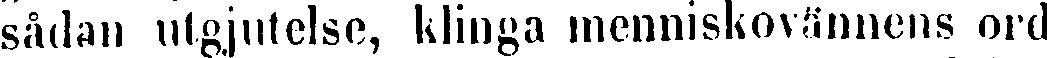
sådan utgjutelse, klinga menniskovännens ord